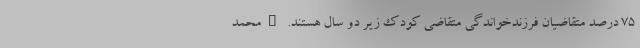
۷۵ درصد متقاضیان فرزندخواندگی متقاضی کودک زیر دو سال هستند. "محمد